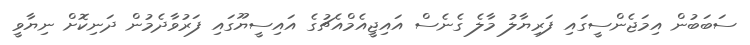
ސަބަބުން އިމަޖެންސީގައި ފަރިޔާލު މާލެ ގެނެސް އައިޖީއެމްއެޗުގެ އައިސީޔޫގައި ފަރުވާދެމުން ދަނިކޮށް ނިޔާވީ